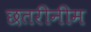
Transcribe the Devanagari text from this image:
छतरीनीम